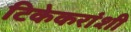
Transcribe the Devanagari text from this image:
टिकेकरांशी